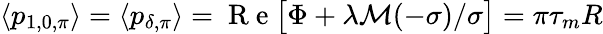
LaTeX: \langle p_{1,0,\pi}\rangle=\langle p_{\delta,\pi}\rangle=\mathrm{~R~e~}\big[\Phi+\lambda\mathcal M(-\sigma)/\sigma\big]=\pi\tau_{m}R